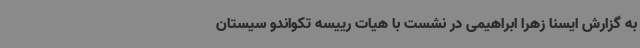
به گزارش ایسنا زهرا ابراهیمی در نشست با هیات رییسه تکواندو سیستان